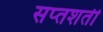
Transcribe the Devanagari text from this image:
सप्‍तशती